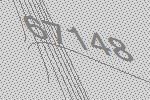
67148